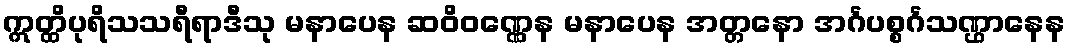
ဣတ္ထိပုရိသသရီရာဒီသု မနာပေန ဆဝိဝဏ္ဏေန မနာပေန အတ္တနော အင်္ဂပစ္စင်္ဂသဏ္ဌာနေန